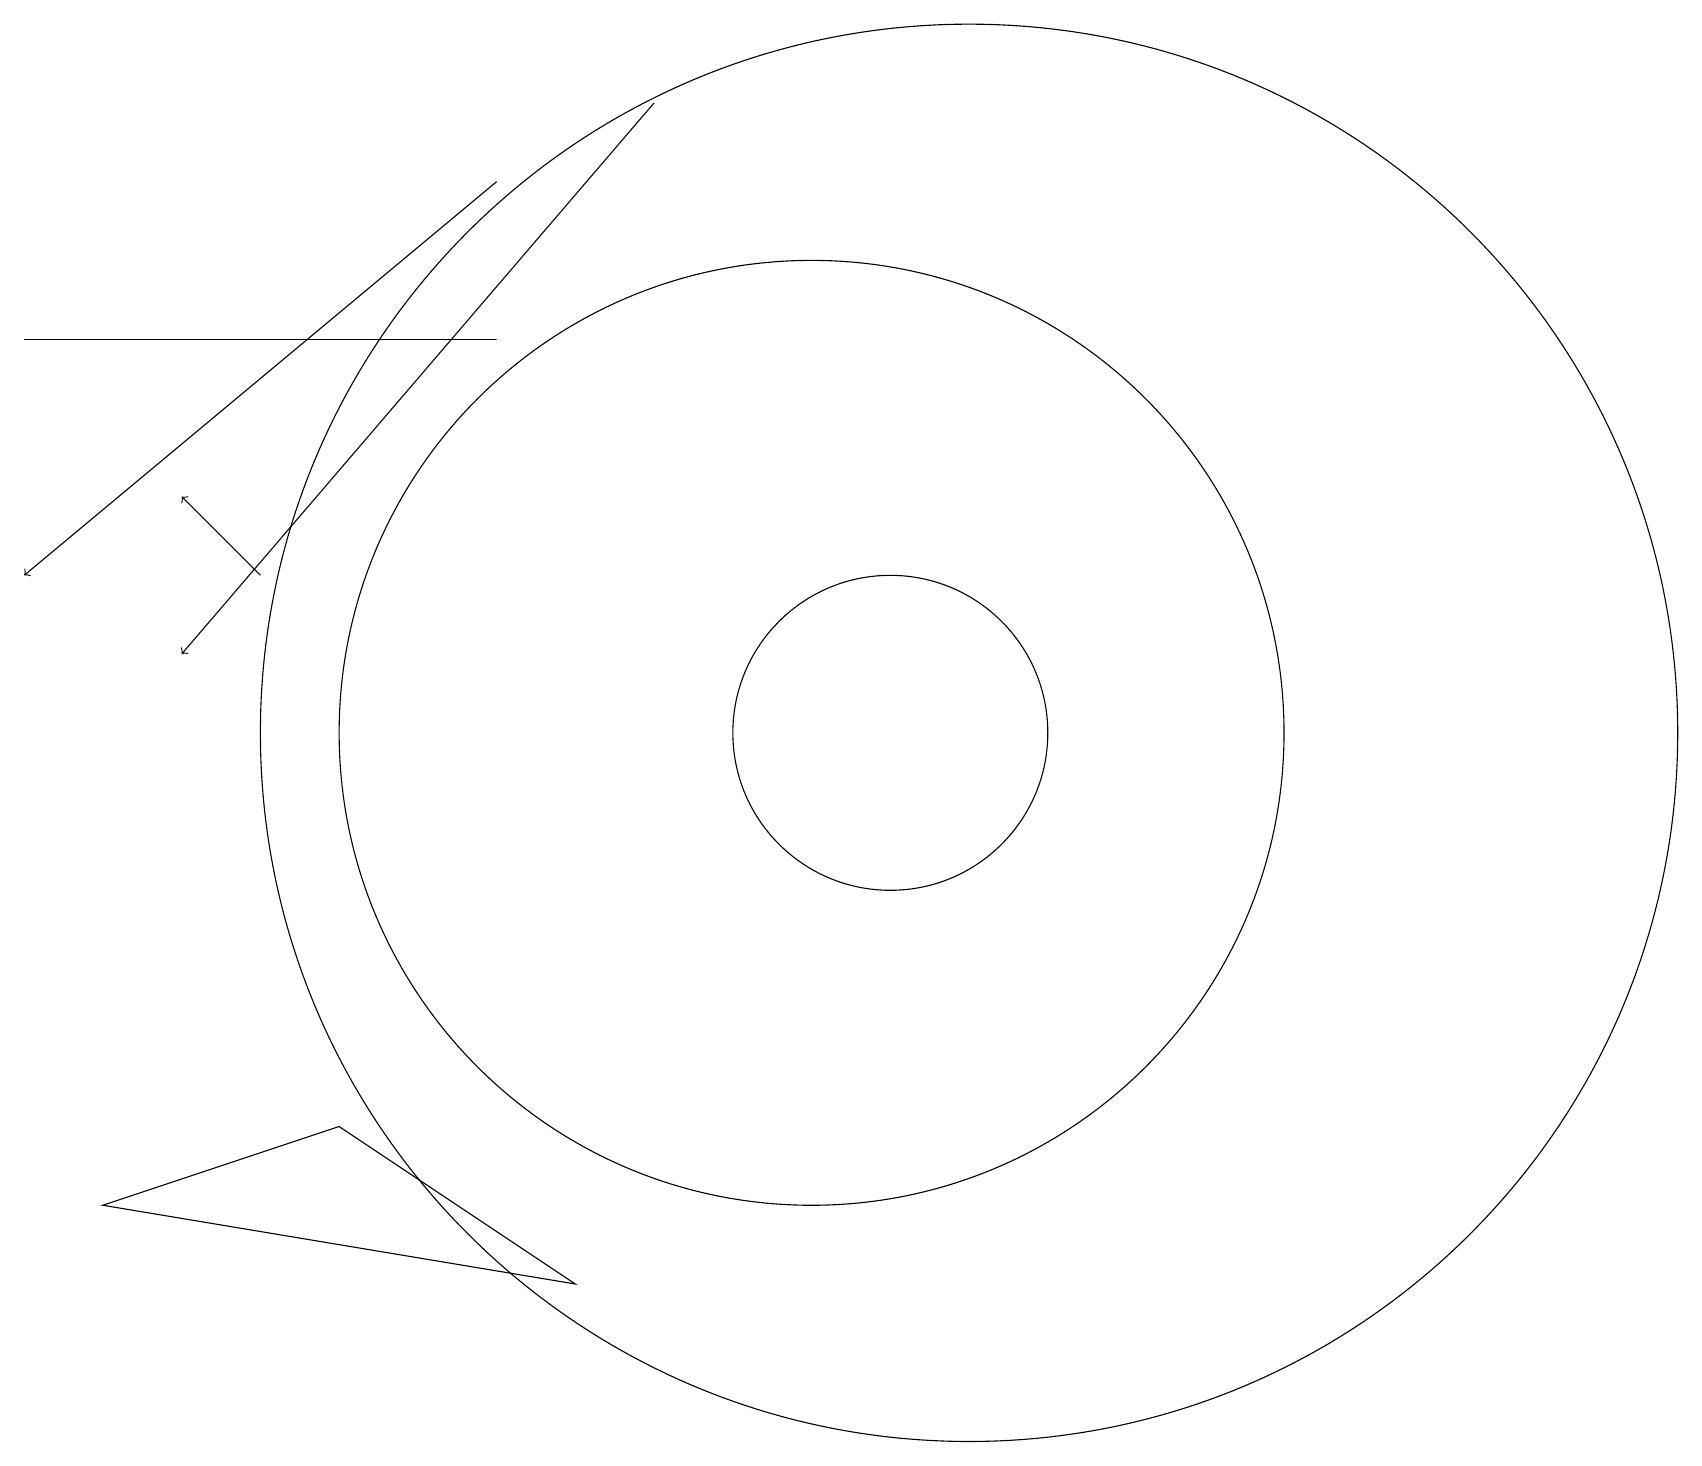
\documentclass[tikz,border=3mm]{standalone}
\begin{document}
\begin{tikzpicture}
\draw (12,11) circle (9);
\draw (11,11) circle (2);
\draw[->] (6,18) -- (0,13);
\draw[->] (8,19) -- (2,12);
\draw[->] (3,13) -- (2,14);
\draw (6,16) rectangle (0,16);
\draw (1,5) -- (7,4) -- (4,6) -- cycle;
\draw (10,11) circle (6);
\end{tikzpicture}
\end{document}